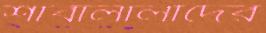
শাবালালাদের